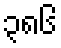
၃၈၆